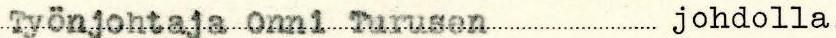
Työnjohtaja Onni Turusen johdolla